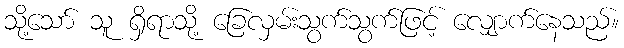
သို့သော် သူ ရှိရာသို့ ခြေလှမ်းသွက်သွက်ဖြင့် လျှောက်နေသည်။